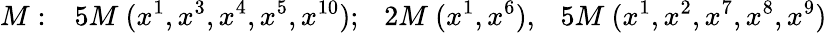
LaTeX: M:~~~5M~(x^{1},x^{3},x^{4},x^{5},x^{10});~~~2M~(x^{1},x^{6}),~~~5M~(x^{1},x^{2},x^{7},x^{8},x^{9})